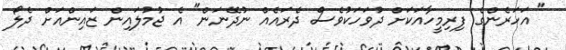
" އަހަރެންގެ ފިރިމީހާއަކަށް ދުވަހަކުވެސް ދެރައެއް ނުދޭނަން" އެ ޖުމުލައިން ޒައިންއަށް ދެލޯ